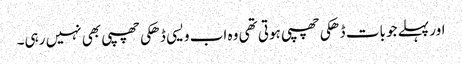
اور پہلے جو بات ڈھکی چھپی ہوتی تھی وہ اب ویسی ڈھکی چھپی بھی نہیں رہی۔